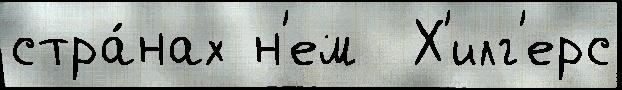
стра́нах н'ем  Х'илг'ерс